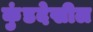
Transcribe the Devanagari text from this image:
कुंडदेखील